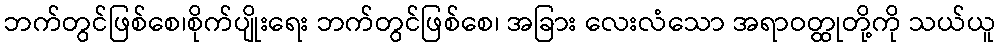
ဘက်တွင်ဖြစ်စေ၊စိုက်ပျိုးရေး ဘက်တွင်ဖြစ်စေ၊ အခြား လေးလံသော အရာဝတ္ထုတို့ကို သယ်ယူ